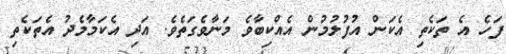
ފަހެ އެ ތަކެތި އެކަން އުފުލުމުން އެއްކިބާވެ މަނާވެގަތެވެ. އަދި އެކަމާމެދު އެތަކެތި